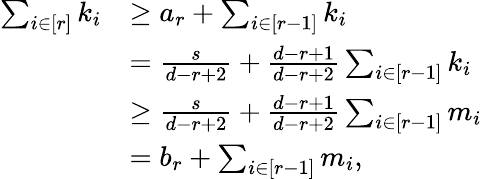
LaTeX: \begin{array}{rl}{\sum_{i\in[r]}k_{i}}&{\geq a_{r}+\sum_{i\in[r-1]}k_{i}}\\ &{=\frac{s}{d-r+2}+\frac{d-r+1}{d-r+2}\sum_{i\in[r-1]}k_{i}}\\ &{\geq\frac{s}{d-r+2}+\frac{d-r+1}{d-r+2}\sum_{i\in[r-1]}m_{i}}\\ &{=b_{r}+\sum_{i\in[r-1]}m_{i},}\end{array}